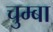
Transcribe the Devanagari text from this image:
चुम्बा